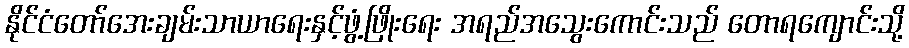
နိုင်ငံတော်အေးချမ်းသာယာရေးနှင့်ဖွံ့ဖြိုးရေး အရည်အသွေးကောင်းသည် တောရကျောင်းသို့